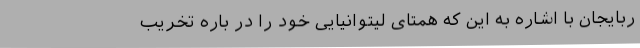
ربایجان با اشاره به این که همتای لیتوانیایی خود را در باره تخریب